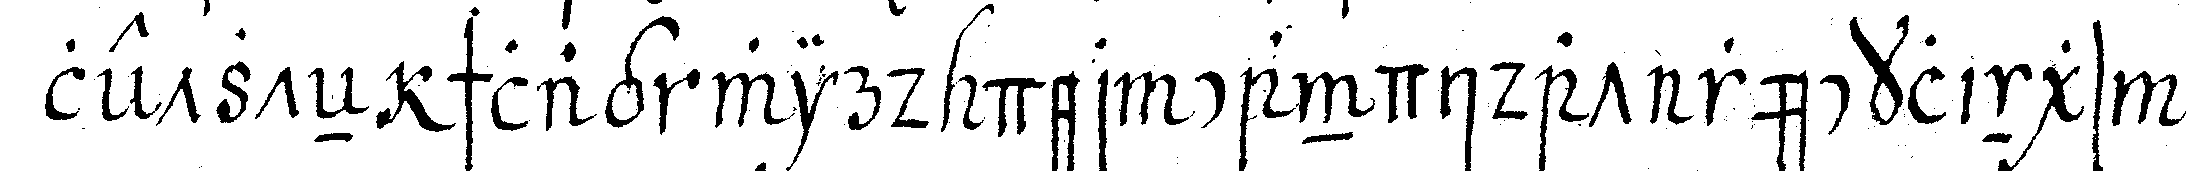
letzteN schlag wird der candidat rücklings